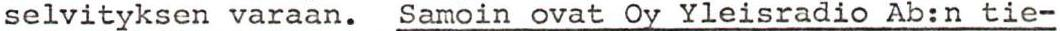
selvityksen varaan. Samoin ovat Oy Yleisradio Ab:n tie-